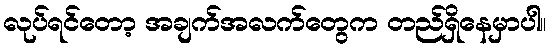
လုပ်ရင်တော့ အချက်အလက်တွေက တည်ရှိနေမှာပါ။